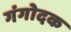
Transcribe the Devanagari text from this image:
गंगोदक